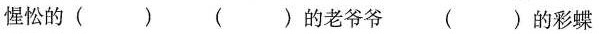
惺忪的（） （）的老爷爷 （）的彩蝶